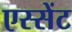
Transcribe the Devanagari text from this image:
एस्सेंट